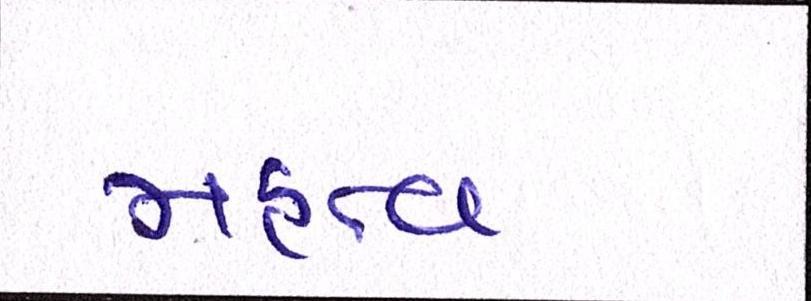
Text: મહત્વ